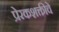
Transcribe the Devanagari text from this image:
प्रेरकशक्तीचे